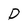
Character: D